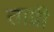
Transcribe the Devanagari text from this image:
ताप्री